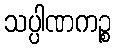
သပ္ပါဏကဉ္စ